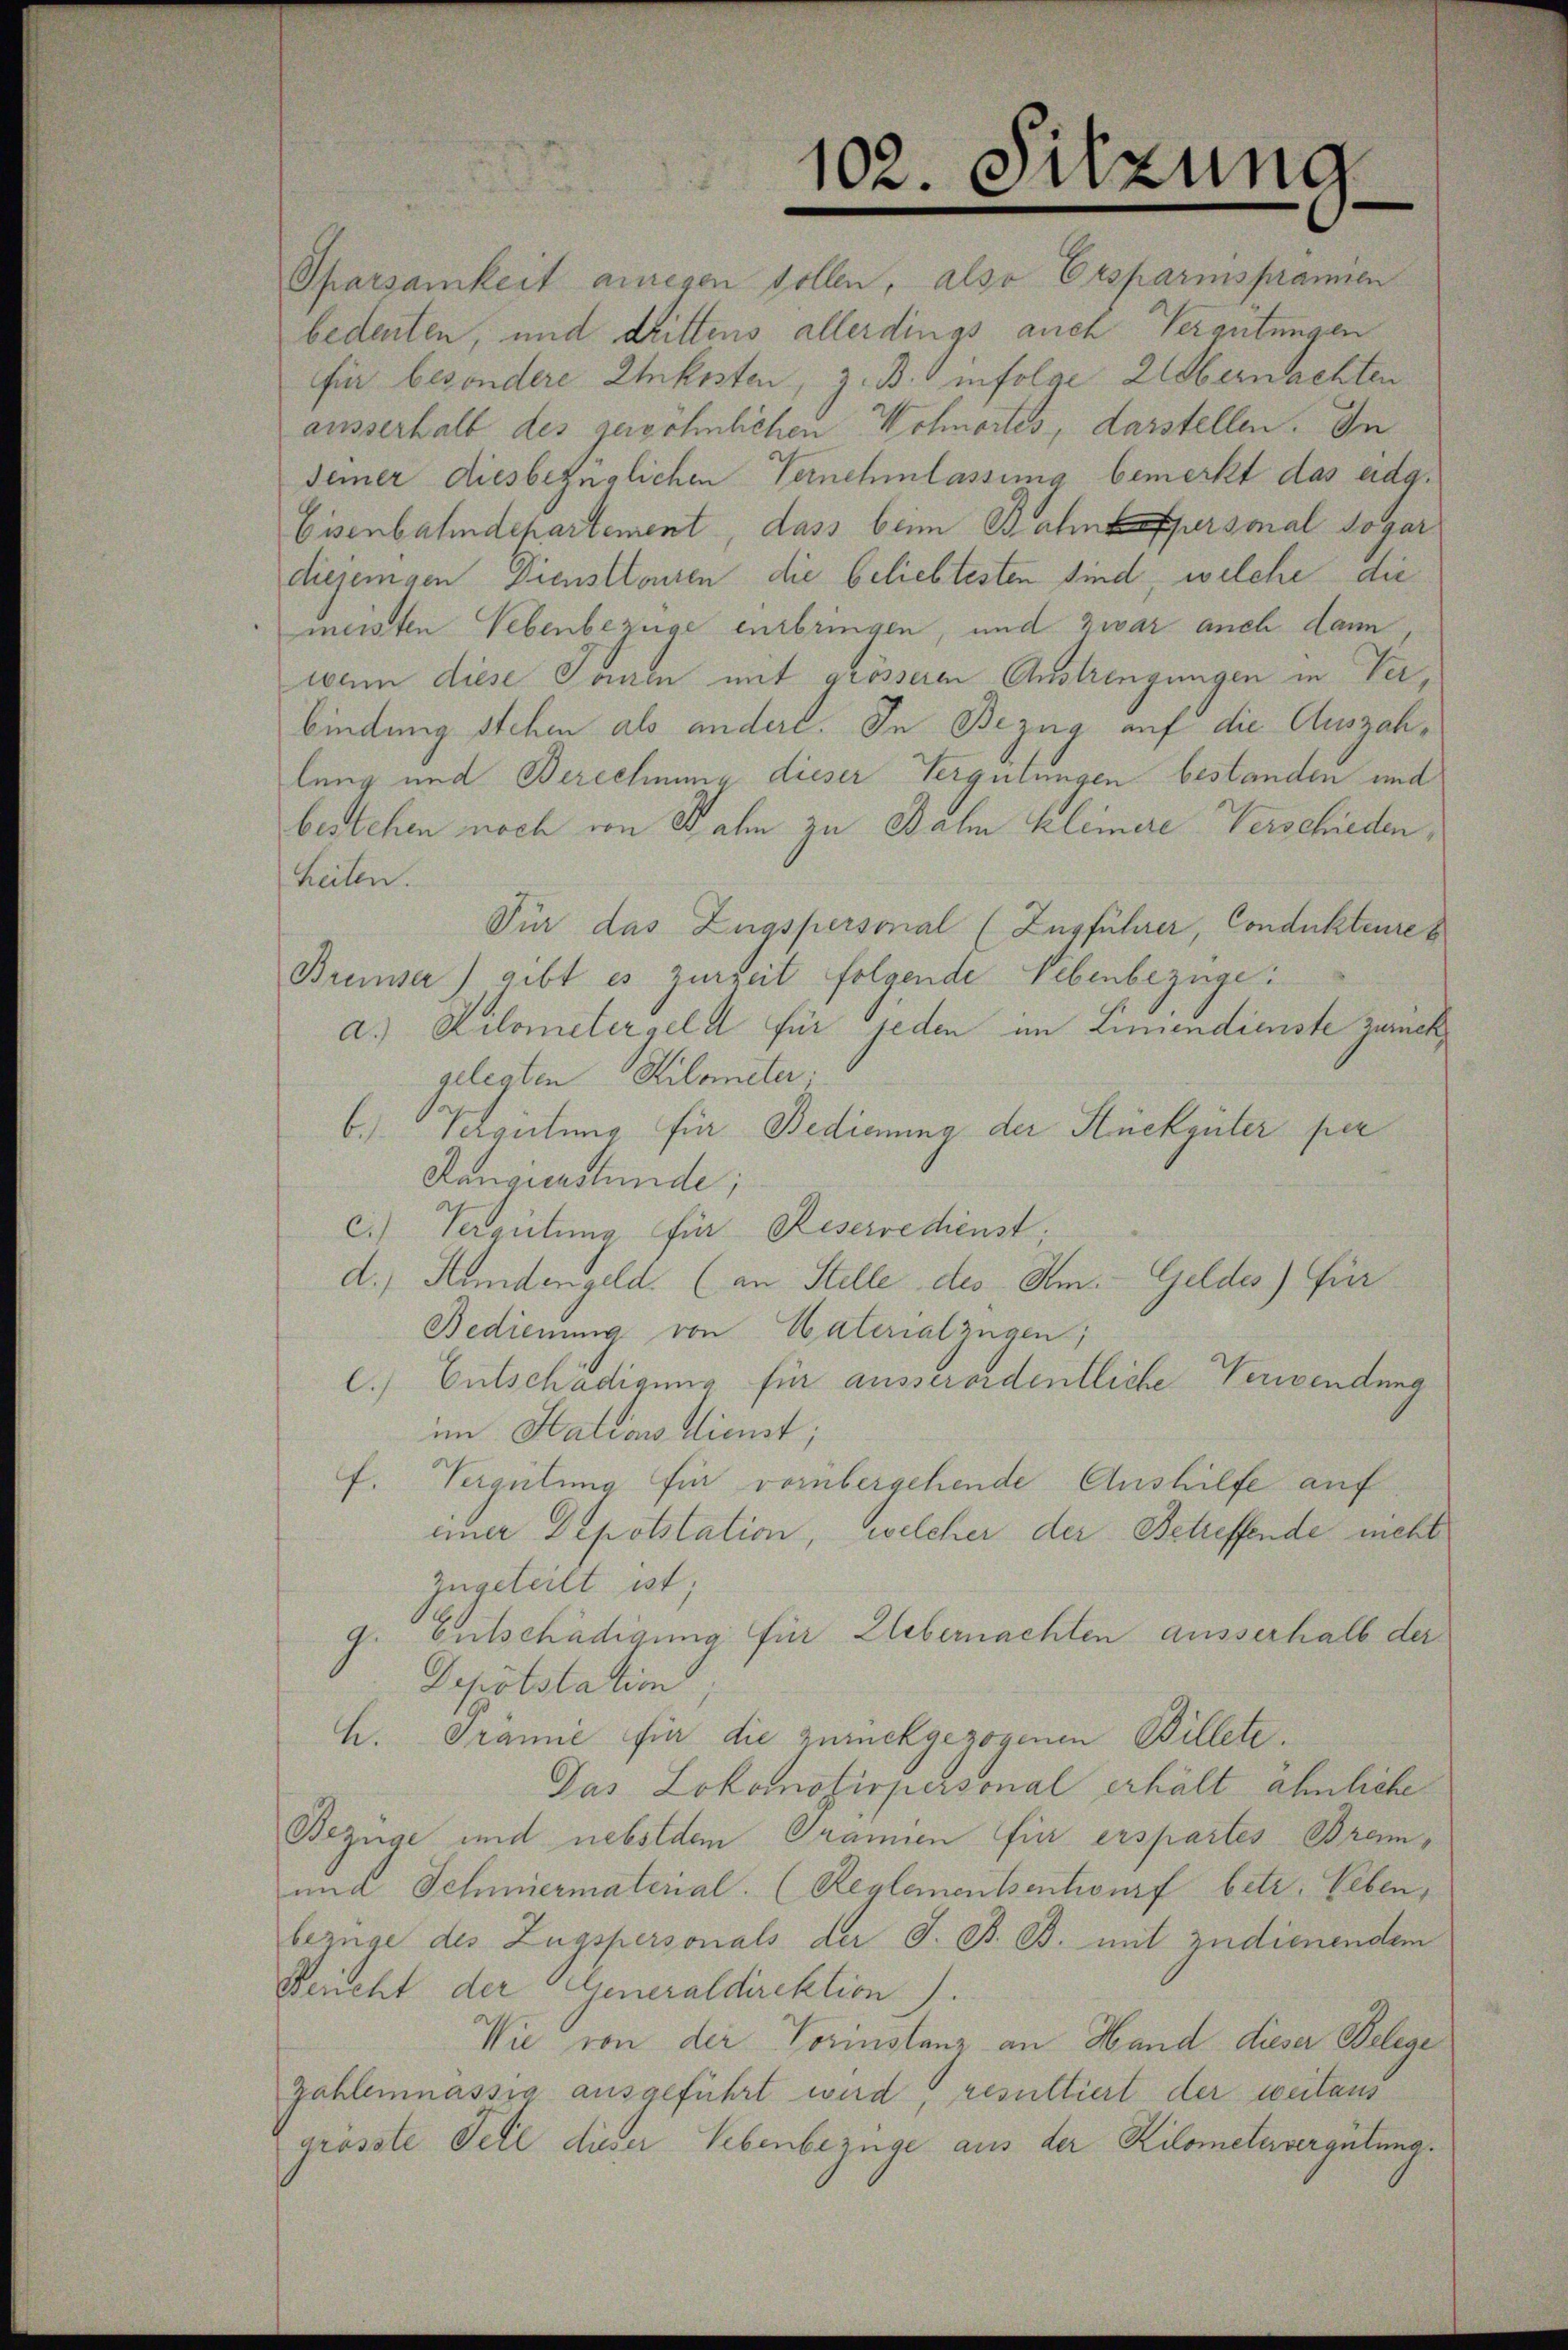
102. Sitzung

Sparsamkeit aneren sollen, also Ersparisprämien
bedeuten, und drittens allerdings auch Vergütungen
für besondere Einkosten, z. B. infolge Albernachten
ausserhalb des gewöhnlichen Wohnortes, darstellen. In
demer diesbezüglichen Vernehmlassung bemerkt das eidg.
Eisenbahndepartement, dass beim Bahnhofpersonal sogar
diejenigen Diensttouren die beliebtesten sind, welche die
meisten Lebenbezüge entbringen, und zwar auch dann
wann diese Saum mit grösseren Anstrengungen in Verbindung stehen als andere. In Bezug auf die Auszahlung und Berechnung dieser Vergütungen bestanden und
bestehen noch von Jahn zu Balm kleinere Verschieden,
heilen.
Für das Zugspersonal (Zugführer, Condukteures
Breiser) gibt es zurzeit folgende Lebenbezüge.
a.) Kilomelergeld für jeden im Liniendienste zurück,
gelegten Kilometer.
b
Schreitung für Bedienung der Stückgüter per
Rangienstunde;
Vergütung für Reserrechenst,
li
d.) Hundengeld. (an Stelle des Im Geldes) für
Bedienung von Vaterial zügen;
l. Entschädigung für ausserordentliche Verwendung
im Stations dienst;
Vergütung für vorübergehende Aushilfe auf
E.
einer Depotstation, welcher der Betreffende nicht
zugeteilt ist;
Entschädigung für Uebernachten ausserhalb der
Depotstation
K.
Prämie für die zurückgezogenen Billete.
Das Lokomotispersonal erhält ähnliche
Bezüge und nebstdem Granien für erspartes Bram¬
und Schmiermaterial. (Reglementsentwurf betr. Leben,
bezüge des Zugspersonals der J. B. B. mit zudienendem
Bericht der Generaldirektion).
Wie von der Vorinstanz an Hand dieser Belege
Zahlenmässig ausgeführt wird, resultiert der weitaus
grösste Fell dieser Lebenbezüge aus der Kilomelevergütung.